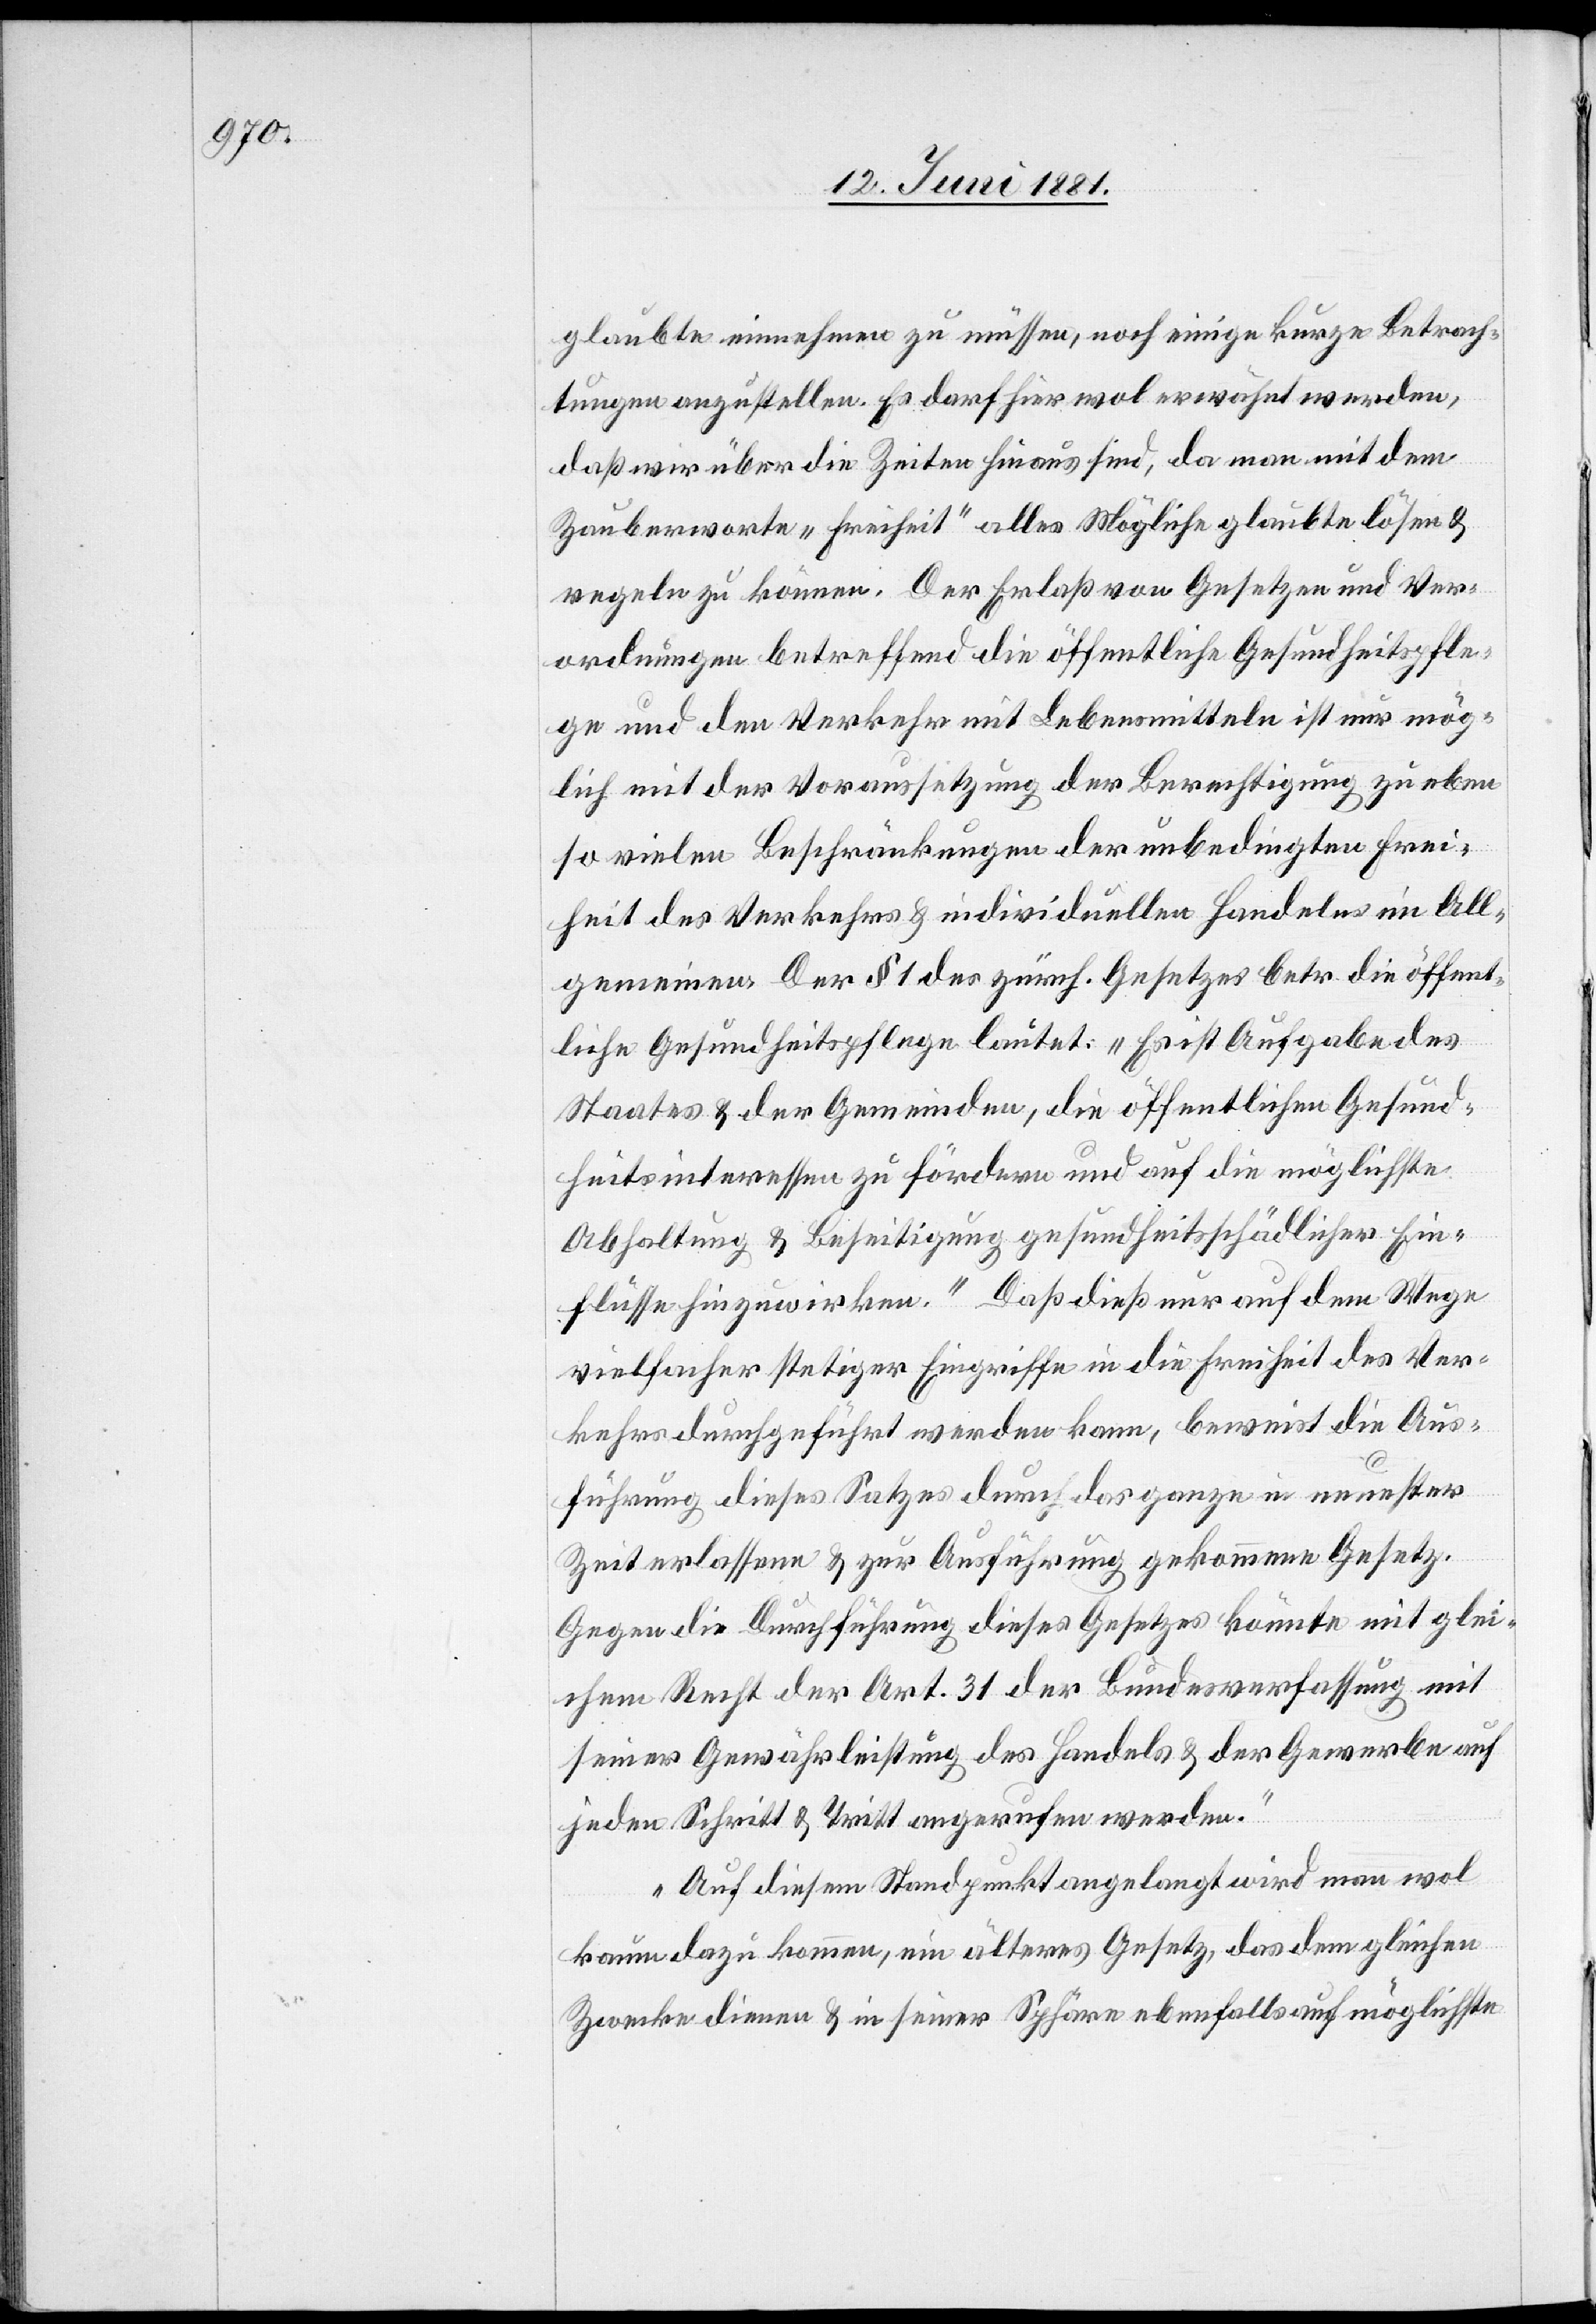
glaubte einnehmen zu müssen, noch einige kurze Betrach¬
tungen anzustellen. Es darf hier wol erwähnt werden,
daß wir über die Zeiten hinaus sind, da man mit dem
Zauberworte „Freiheit“ alles Mögliche glaubte lösen &
regeln zu können. Der Erlaß von Gesetzen und Ver¬
ordnungen betreffend die öffentlichen Gesundheitspfle¬
ge und den Verkehr mit Lebensmitteln ist nur mög¬
lich mit der Voraussetzung der Berechtigung zu eben
so vielen Beschränkungen der unbedingten Frei¬
heit des Verkehrs & individuellen Handeln im All¬
gemeinen. Der § 1 des zürch. Gesetzes betr. die öffent¬
liche Gesundheitspflege lautet: „Es ist Aufgabe des
Staates & der Gemeinden, die öffentlichen Gesund¬
heitsinteressen zu fördern und auf die möglichste
Abhaltung & Beseitigung gesundheitsschädlicher Ein¬
flüsse hinzuwirken.“ Daß dies nur auf dem Wege
vielfacher stetiger Eingriffe in die Freiheit des Ver¬
kehrs durchgeführt werden kann, beweist die Aus¬
führung dieses Satzes durch das ganze in neuester
Zeit erlassene & zur Ausführung gekommene Gesetz.
Gegen die Durchführung dieses Gesetzes könnte mit glei¬
chem Recht der Art. 31 der Bundesverfassung mit
seiner Gewährleistung des Handels- & der Gewerbe auf
jeden Schritt & Tritt angerufen werden.
An diesem Standpunkt angelangt wird man wol
kaum dazu kommen, ein älteres Gesetz, das dem gleichen
Zwecke dienen & in seiner Sphäre ebenfalls auf möglichste